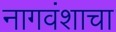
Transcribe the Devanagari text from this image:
नागवंशाचा